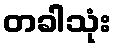
တခါသုံး